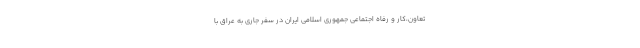
تعاون،کار و رفاه اجتماعی جمهوری اسلامی ایران در سفر جاری به عراق با